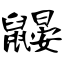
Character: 鼹